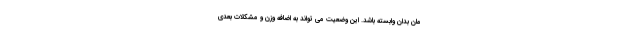
مان بدان وابسته باشد. این وضعیت می تواند به اضافه وزن و مشکلات بعدی